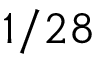
1 / 2 8